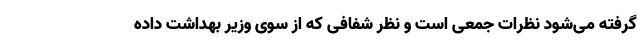
گرفته می‌شود نظرات جمعی است و نظر شفافی که از سوی وزیر بهداشت داده